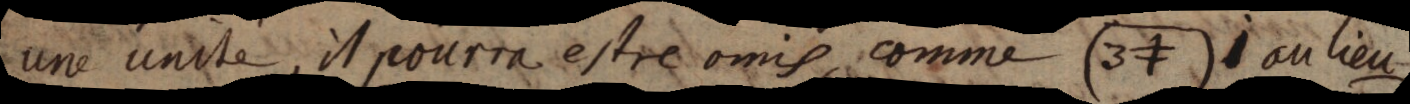
une unité, il pourra estre omis, comme (3≠) au lieu